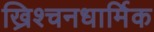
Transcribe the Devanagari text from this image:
ख्रिश्चनधार्मिक